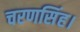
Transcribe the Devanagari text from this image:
चरणसिंह।